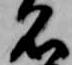
名